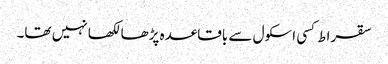
سقراط کسی اسکول سے باقاعدہ پڑھا لکھا نہیں تھا۔